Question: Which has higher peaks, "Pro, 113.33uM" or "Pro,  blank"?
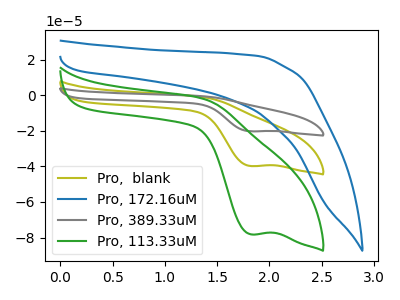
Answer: <think>The olive curve "Pro,  blank" has a cathodic peak at: (1.80V, -39.80uA). The blue curve "Pro, 172.16uM" has no peaks. The gray curve "Pro, 389.33uM" has a cathodic peak at: (1.80V, -79.55uA). The green curve "Pro, 113.33uM" has a cathodic peak at: (1.80V, -78.20uA).</think>
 <answer>Every peak in "Pro, 113.33uM" is higher than every peak in "Pro,  blank".</answer>
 <eval>higher</eval>